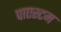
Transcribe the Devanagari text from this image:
पाएस्टम